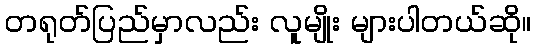
တရုတ်ပြည်မှာလည်း လူမျိုး များပါတယ်ဆို။